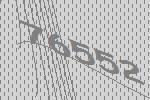
76552